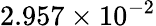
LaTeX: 2.957\times 10^{-2}